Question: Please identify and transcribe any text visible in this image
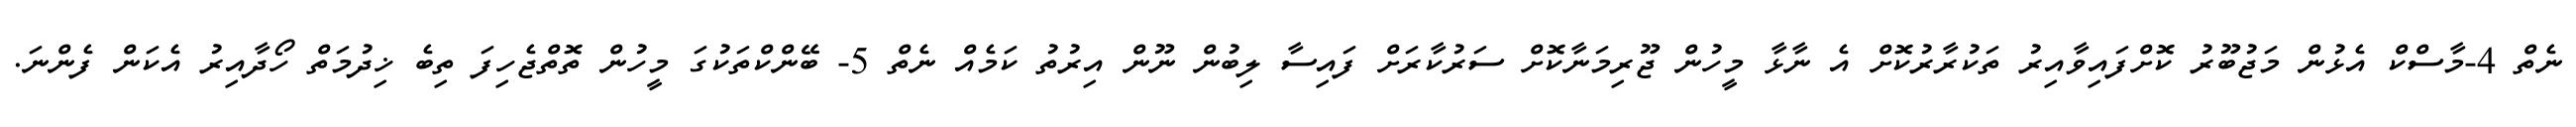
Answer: ނެތް 4-މާސްކް އެޅުން މަޖުބޫރު ކޮށްފައިވާއިރު ތަކުރާރުކޮށް އެ ނާޅާ މީހުން ޖޫރިމަނާކޮށް ސަރުކާރަށް ފައިސާ ލިބުން ނޫން އިރުތު ކަމެއް ނެތް 5- ބޭންކްތަކުގަ މީހުން ތޮތްޖެހިފަ ތިބެ ޚިދުމަތް ހޯދާއިރު އެކަން ފެންނަ.